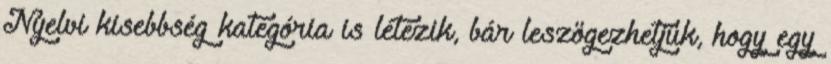
Nyelvi kisebbség kategória is létezik, bár leszögezhetjük, hogy egy